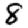
Digit: 8